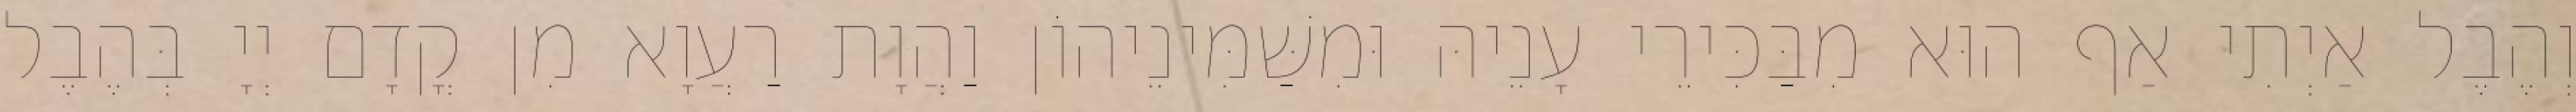
וְהֶבֶל אַיְתִי אַף הוּא מִבַּכִּירֵי עָנֵיהּ וּמִשַּׁמִּינֵיהוֹן וַהֲוָת רַעֲוָא מִן קֳדָם יְיָ בְּהֶבֶל